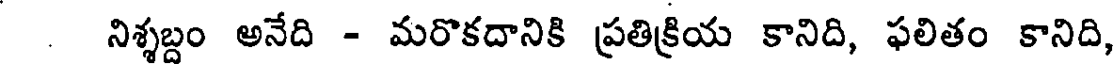
నిశ్శబ్దం అనేది - మరొకదానికి ప్రతిక్రియ కానిది, ఫలితం కానిది,